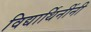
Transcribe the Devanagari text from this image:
विद्यार्थिनींनी